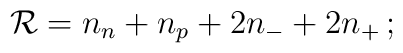
{\cal R}=n_n+n_p+2n_{-}+2n_{+}\,;